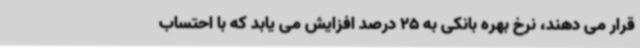
قرار می دهند، نرخ بهره بانکی به 25 درصد افزایش می یابد که با احتساب